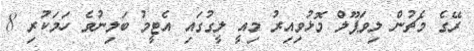
ރޭގެ މެޗުން ލިވަޕޫލް މޮޅުވިއިރު މިއީ ލީގުގައި އެޓީމު ބަލިނުވެ ހަމަކުރި 8